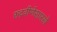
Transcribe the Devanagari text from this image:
रुद्रवीणेसारखे